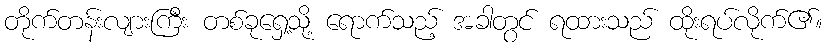
တိုက်တန်းလျားကြီး တစ်ခုရှေ့သို့ ရောက်သည့် အခါတွင် ရထားသည် ထိုးရပ်လိုက်၏။